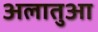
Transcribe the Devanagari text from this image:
अलातुआ